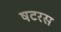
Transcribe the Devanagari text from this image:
षटरस